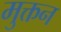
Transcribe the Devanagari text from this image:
मुक्तन